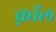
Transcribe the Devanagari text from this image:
क्नॉल